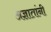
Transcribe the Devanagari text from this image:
अज्ञातांनी